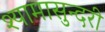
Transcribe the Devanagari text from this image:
श्यामासुन्दरी